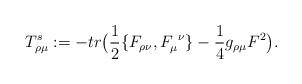
LaTeX: \begin{align*}T^s_{\rho\mu} := -tr\big({1\over2}\{F_{\rho\nu}, F_\mu^{\ \nu}\}-{1\over4}g_{\rho\mu}F^2\big).\end{align*}